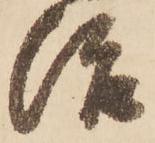
治